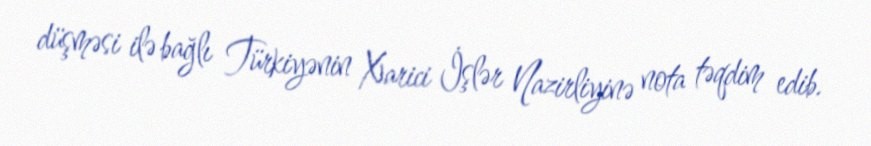
düşməsi ilə bağlı Türkiyənin Xarici İşlər Nazirliyinə nota təqdim edib.